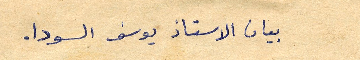
بيان الاستاذ يوسف السودا.